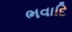
ભવાદિ